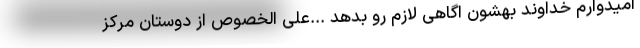
امیدوارم خداوند بهشون اگاهی لازم رو بدهد ...علی الخصوص از دوستان مرکز